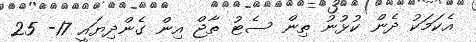
އެކަމަކު ދެން ކުޅުނު ތިން ސެޓު ތާޖް އިން ގެންދިޔައީ 17- 25